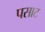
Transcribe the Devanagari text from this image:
पसाट